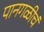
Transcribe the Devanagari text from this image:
पानगळीचं